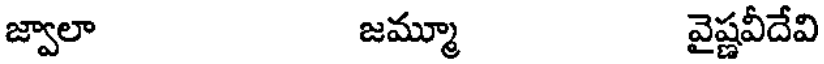
జ్వాలా జమ్మూ వైష్ణవీదేవి